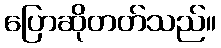
ပြောဆိုတတ်သည်။